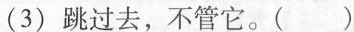
(3)跳过去，不管它。()